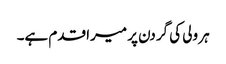
ہر ولی کی گردن پر میرا قدم ہے۔